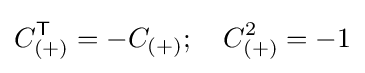
C_{(+)}^{\textsf {T}}=-C_{(+)};~~~C_{(+)}^{2}=-1